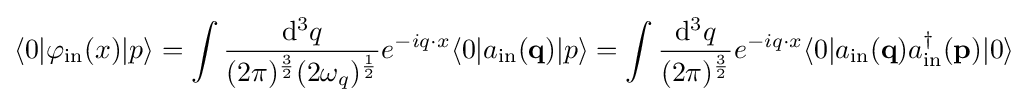
\langle 0|\varphi _{\mathrm {in} }(x)|p\rangle =\int {\frac {\mathrm {d} ^{3}q}{(2\pi )^{\frac {3}{2}}(2\omega _{q})^{\frac {1}{2}}}}e^{-iq\cdot x}\langle 0|a_{\mathrm {in} }(\mathbf {q} )|p\rangle =\int {\frac {\mathrm {d} ^{3}q}{(2\pi )^{\frac {3}{2}}}}e^{-iq\cdot x}\langle 0|a_{\mathrm {in} }(\mathbf {q} )a_{\mathrm {in} }^{\dagger }(\mathbf {p} )|0\rangle